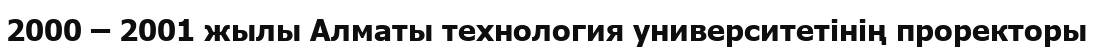
2000 – 2001 жылы Алматы технология университетінің проректоры